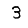
Digit: 3